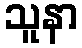
သူနာ